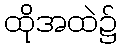
ထိုအထဲ၌